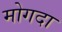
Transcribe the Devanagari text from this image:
मोगदा